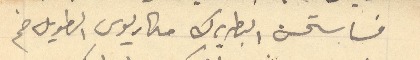
فاستحسن البطريرك مكاريوس الطويل ضم